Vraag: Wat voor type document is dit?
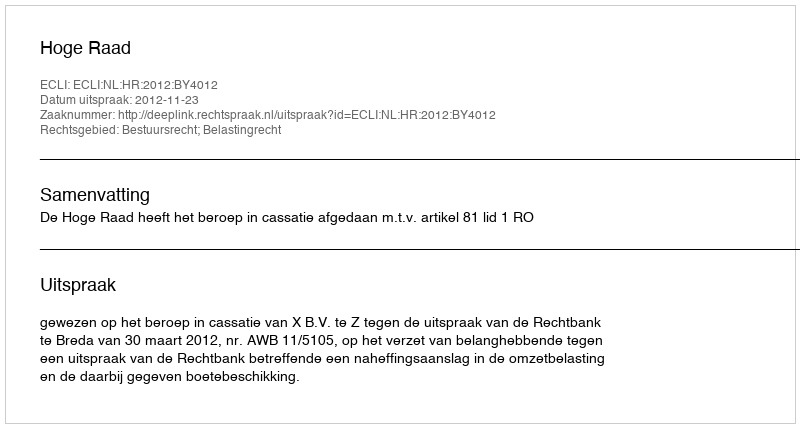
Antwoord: Uitspraak